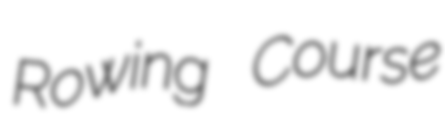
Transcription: Rowing Course